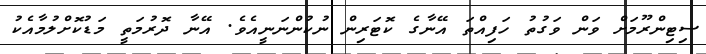
ސިޓިންރޫމަށް ވަން ވަގުތު ހަފިއްތަ އޭނާގެ ކޮޓަރިން ނުކުންނަނީއެވެ. އޭނާ ދޮރުމަތީ މަޑުކޮށްލުމާއެކު